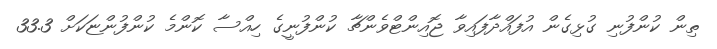
ތިން ކުންފުނި ގުޅިގެން އުފައްދާފައިވާ ޖޮއިންޓްވެންޗާ ކުންފުނީގެ ހިއްސާ ކޮންމެ ކުންފުންޏަކަށް 33.3